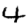
Digit: 4